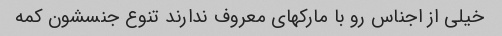
خیلی از اجناس رو با مارکهای معروف ندارند تنوع جنسشون کمه